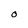
Character: 0